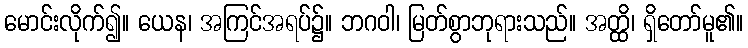
မောင်းလိုက်၍။ ယေန၊ အကြင်အရပ်၌။ ဘဂဝါ၊ မြတ်စွာဘုရားသည်။ အတ္ထိ၊ ရှိတော်မူ၏။